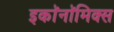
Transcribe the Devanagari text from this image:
इकाॅनाॅमिक्स